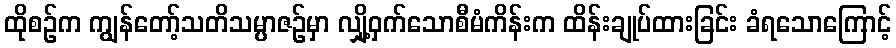
ထိုစဉ်က ကျွန်တော့်သတိသမ္ပာဇဉ်မှာ လျှို့ဝှက်သောစီမံကိန်းက ထိန်းချုပ်ထားခြင်း ခံရသောကြောင့်